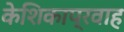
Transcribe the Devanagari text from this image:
केशिकाप्रवाह